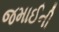
જમાઈની